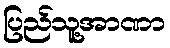
ပြည်သူ့အာဏာ